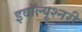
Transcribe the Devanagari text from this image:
इवॉल्यूश्नरी